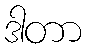
ဒါတာ